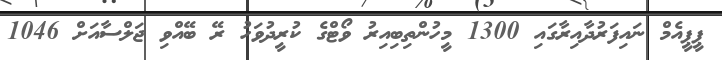
ޕީޕީއެމް ނައިފަރުދާއިރާގައި 1300 މީހުންތިބިއިރު ވޯޓްގެ ކުރީދުވަހު ރޭ ބޭއްވި ޖަލްސާއަށް 1046